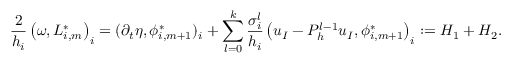
\frac { 2 } { h _ { i } } \left( \omega , L _ { i , m } ^ { * } \right) _ { i } = ( \partial _ { t } \eta , \phi _ { i , m + 1 } ^ { * } ) _ { i } + \displaystyle \sum _ { l = 0 } ^ { k } \frac { \sigma _ { i } ^ { l } } { h _ { i } } \left( u _ { I } - P _ { h } ^ { l - 1 } u _ { I } , \phi _ { i , m + 1 } ^ { * } \right) _ { i } : = { \cal H } _ { 1 } + { \cal H } _ { 2 } .